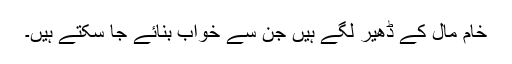
خام مال کے ڈھیر لگے ہیں جن سے خواب بنائے جا سکتے ہیں۔